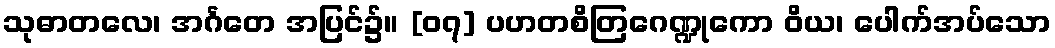
သုဓာတလေ၊ အင်္ဂတေ အပြင်၌။ [၀၇] ပဟတစိတြဂေဏ္ဍုကော ဝိယ၊ ပေါက်အပ်သော